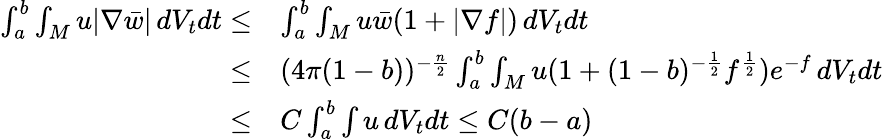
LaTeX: \begin{array}{rl}{\int_{a}^{b}\int_{M}u|\nabla\bar{w}|\, dV_{t}dt\le}&{\int_{a}^{b}\int_{M}u\bar{w}(1+|\nabla f|)\, dV_{t}dt}\\ {\le}&{(4\pi(1-b))^{-\frac n2}\int_{a}^{b}\int_{M}u(1+(1-b)^{-\frac 12}f^{\frac 12})e^{-f}\, dV_{t}dt}\\ {\le}&{C\int_{a}^{b}\int u\, dV_{t}dt\le C(b-a)}\end{array}